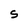
Character: S